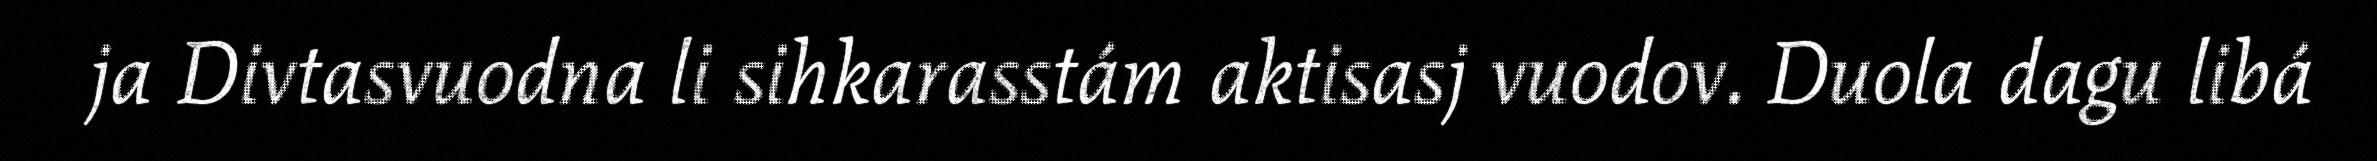
ja Divtasvuodna li sihkarasstám aktisasj vuodov. Duola dagu libá